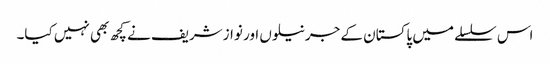
اس سلسلے میں پاکستان کے جرنیلوں اور نوازشریف نے کچھ بھی نہیں کیا۔